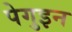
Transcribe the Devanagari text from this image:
पेगुइन